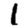
Digit: 1